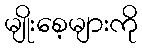
မျိုးစေ့များကို